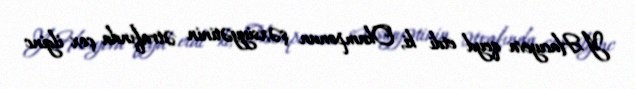
Y.Hacıyeva qeyd etdi ki, Okamponun şəxsiyyətinin ətrafında çox ilginc